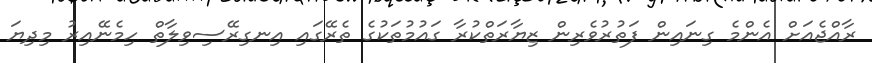
ރާއްޖެއަށް އެންމެ ގިނައިން ފަތުރުވެރިން ޒިޔާރަތްކުރާ ގައުމުތަކުގެ ތެރޭގައި އިނގިރޭސިވިލާތް ހިމެނޭއިރު މިދިޔަ